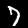
Label: 7